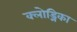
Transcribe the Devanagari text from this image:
क्लोड्निका